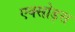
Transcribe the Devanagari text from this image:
एक्सोड्स